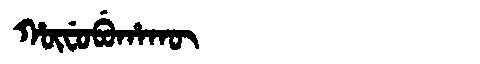
Manchu: ᡥᡡᠸᡠᠪᡠᡥᠠᡴᡡ
Romanization: HŪFUBUHAKŪ